Report on vaccination in Madras 1922-1929 - 1922-1929
Year: 1922
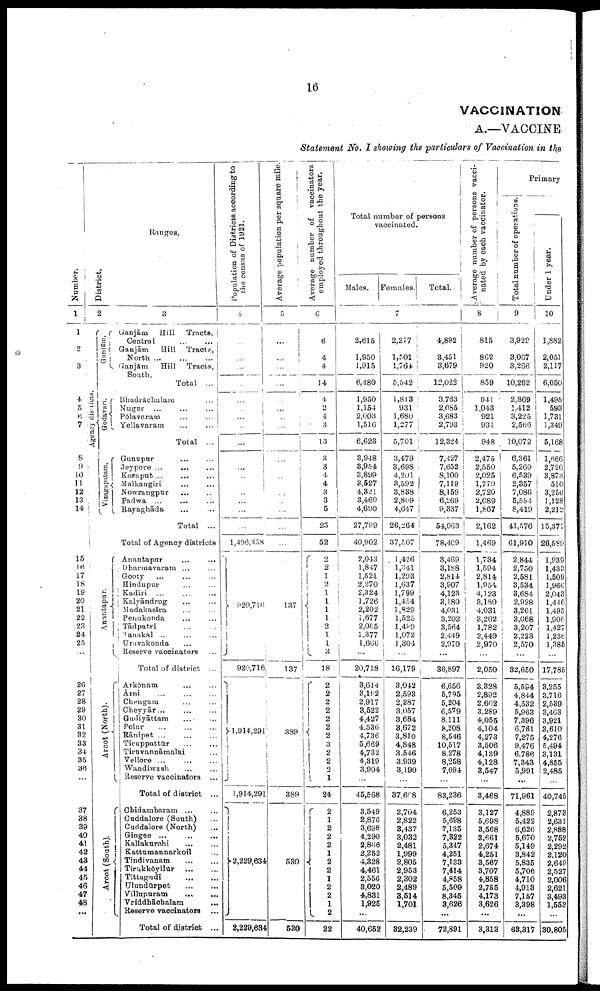
16
VACCINATION
A.—VACCINE
Statement No. I showing the particulars of Vaccination in the
Number.
1
1
2
3
4
5
6
7
8
9
10
11
12
13
14
15
16
17
18
19
20
21
22
23
24
25
...
...
26
27
28
29
30
31
32
33
34
35
36
...
37
38
39
40
41
42
43
44
45
46
47
48
...
District.
2
Agency districts.
Ganjām.
Godavari.
Vizagapatam.
Anantapur.
...
Arcot (North).
...
Arcot (South).
Ranges.
3
Ganjām
Hill
Tracts,
Central
... ...
Ganjām
Hill
Tracts,
North
...
...
...
Ganjām
Hill
Tracts,
South.
Total ...
Bhadrāchalam
...
Nugur
...
...
...
Polavaram
...
...
Yellavaram
...
...
Total ...
Gunupur ... ...
Jeypore ...
... ...
Koraput...
...
...
Malkangiri
...
...
Nowrangpur ... ...
Padwa ... ... ...
Rayaghāda ... ...
Total ...
Total of Agency districts
Anantapur ... ...
Dharmavaram ... ...
Gooty
...
...
...
Hindupur ... ...
Kadiri
...
...
...
Kalyāndrug ... ...
Madakasīra ... ...
Penukonda ... ...
Tādpatri ... ...
Tanakal ... ...
Uravakonda ... ...
Reserve vaccinators ...
Total of district ...
Arkōnam ... ...
Ārni
...
...
...
Chengam ... ...
Cheyyār...
...
...
Gudiyātlam
...
...
Polur
...
...
...
Rānipet ... ... ...
Tiruppattūr
...
...
Tiruvannāmalai ...
Vellore ... ... ...
Wandiwash ... ...
Reserve vaccinators ...
Total of district ...
Chidambaram
...
...
Cuddalore (South) ...
Cuddalore (North) ...
Gingee
...
...
...
Kallakurchi ... ...
Kattumannarkoil ...
Tindivanam
...
...
Tirukkōyilūr
...
...
Tittagudi
... ...
Ulundūrpet
...
...
Villupuram
...
...
Vriddhāchalam
...
Reserve vaccinators
...
Total of district ...
Population of Districts according to
the census of 1921.
4
...
...
...
...
...
...
...
...
...
...
...
...
...
...
...
...
...
1,496,358
920,716
920,716
1,914,291
1,914,291
2,229,634
2,229,634
Average population per square mile.
5
...
...
...
...
...
...
...
...
...
...
...
...
...
...
...
...
...
...
137
137
389
389
530
530
Average number of vaccinators
employed throughout the year.
6
6
4
4
14
4
2
4
3
13
3
3
4
4
3
3
5
25
52
2
2
1 2
1
1
1
1
2
1
1
3
18
2
2
2
2
2
2 2
3 2
2
2
1
24
2
1
2
2
2 1
2
2
1
2
2
1
2
22
Total number of persons
vaccinated.
Males.
Females.
Total.
7
2,615
1,950
1,915
6,480
1,950
1,154
2,003
1,516
6,623
3,948
3,954
3,899
3,527
4,321
3,460
4,690
27,799
40,902
2,043
1,847
1,521
2,270
2,324
1,726
2,202
1,677
2,065
1,377
1,666
...
20,718
3,614
3,192
2,917
3,522
4,427
4,536
4,736
5,669
4,732
4,319
3,904
...
45,568
3,549
2,876
3,698
4,290
2,866
2,252
4,328
4,461
2,556
3,020
4,831
1,925
...
40,652
2,277
1,501
1,764
5,542
1,813
931
1,680
1,277
5,701
3,479
3,698
4,201
3,592
3,838
2,809
4,647
26,264
37,507
1,426
1,341
1,203
1,637
1,799
1,454
1,829
1,525
1,489
1,072
1,304
...
16,179
3,042
2,593
2,287
3,057
3,684
3,672
3,810
4,848
3,546
3,939
3,190
...
37,668
2,704
2,822
3,437
3,032
2,481
1,999
2,805
2,953
2,302
2,489
3,514
1,701
...
32,239
4,892
3,451
3,679
12,022
3,763
2,085
3,683
2,793
12,324
7,427
7,652
8,100
7,119
8,159
6,269
9,337
54,063
78,409
3,469
3,188
2,814
3,907
4,123
3,180
4,031
3,202
3,564
2,449
2,970
...
36,897
6,656
5,795
5,204
6,579
8,111
8,208
8,546
10,517
8,278
8,258
7,094
...
83,236
6,253
5,698
7,135
7,322
5,347
4,251
7,133
7,414
4,858
5,509
8,345
3,626
...
72,891
Average number of persons vacci
nated by each vaccinator.
8
815
862
920
859
941
1,043
921
931
948
2,475
2,550
2,025
1,779
2,720
2,089
1,867
2,162
1,469
1,734
1,594
2,814
1,954
4,123
3,180
4,031
3,202
1,782
2,449
2,970
...
2,050
3,328
2,892
2,602
3,289
4,055
4,104
4,273
3,506
4,139
4,128
3,547
...
3,468
3,127
5,698
3,568
3,661
2,674
4,251
3,567
3,707
4,858
2,755
4,173
3,626
...
3,313
Primary
Total number of operations.
9
3,929
3,067
3,266
10,262
2,869
1,412
3,225
2,566
10,072
6,361
5,260
6,539
2,357
7,086
5,554
8,419
41,576
61,910
2,844
2,750
2,581
3,534
3,684
2,928
3,261
3,068
3,207
2,223
2,570
...
32,650
5,594
4,844
4,532
5,963
7,396
6,761
7,275
9,476
6,786
7,343
5,991
...
71,961
4,889
5,422
6,626
5,670
5,149
3,842
5,835
5,706
4,710
4,913
7,157
3,398
...
63,317
Under 1 year.
10
1,882
2,051
2,117
6,050
1,495
593
1,731
1,349
5,168
1,666
2,726
3,873
510
3,256
1,128
2,212
15,371
26,589
1,939
1,433
1,509
1,966
2,043
1,446
1,495
1,906
1,427
1,236
1,385
17,785
3,255
3,716
2,539
3,463
3,921
3,610
4,276
5,494
3,131
4,855
2,485
40,745
2,873
2,631
2,888
2,752
2,292
2,120
2,649
2,527
2,006
2,621
3,493
1,553
...
30,805